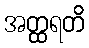
အတ္ထရတိ